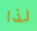
لذا